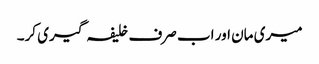
میری مان اور اب صرف خلیفہ گیری کر۔